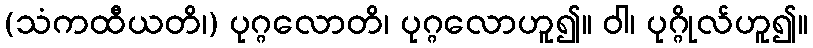
(သံကထီယတိ၊) ပုဂ္ဂလောတိ၊ ပုဂ္ဂလောဟူ၍။ ဝါ၊ ပုဂ္ဂိုလ်ဟူ၍။